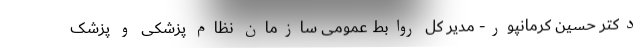
دکتر حسین کرمانپور- مدیر کل روابط عمومی سازمان نظام پزشکی و پزشک